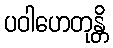
ပဝါဟေတုန္တိ